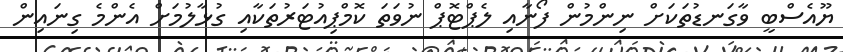
ޔޫއެސްބީ ވާގަނޑުތަކަށް ނިންމުން ފޯނާއި ލެޕްޓޮޕް ނުވަތަ ކޮމްޕިއުޓަރުތަކާއި ގުޅާލުމަށް އެންމެ ގިނައިން